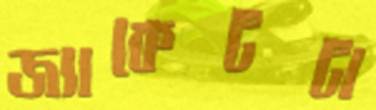
জ্যাকেটটা